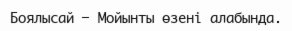
Боялысай – Мойынты өзені алабында.